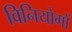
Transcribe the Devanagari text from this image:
विनियोगों